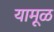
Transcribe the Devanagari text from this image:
यामूळ